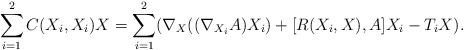
LaTeX: \begin{align*}\sum_{i=1}^{2}C(X_i,X_i)X=\sum_{i=1}^{2}(\nabla_{X}((\nabla_{X_i}A)X_i)+[R(X_i,X),A]X_i-T_iX).\end{align*}